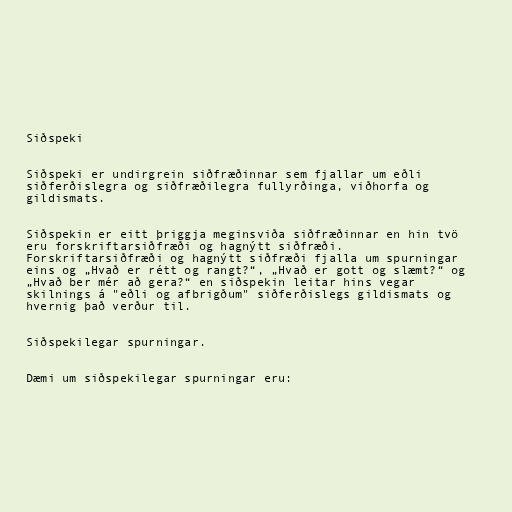
Siðspeki

Siðspeki er undirgrein siðfræðinnar sem fjallar um eðli
siðferðislegra og siðfræðilegra fullyrðinga, viðhorfa og
gildismats.

Siðspekin er eitt þriggja meginsviða siðfræðinnar en hin tvö
eru forskriftarsiðfræði og hagnýtt siðfræði.
Forskriftarsiðfræði og hagnýtt siðfræði fjalla um spurningar
eins og „Hvað er rétt og rangt?“, „Hvað er gott og slæmt?“ og
„Hvað ber mér að gera?“ en siðspekin leitar hins vegar
skilnings á "eðli og afbrigðum" siðferðislegs gildismats og
hvernig það verður til.

Siðspekilegar spurningar.

Dæmi um siðspekilegar spurningar eru: